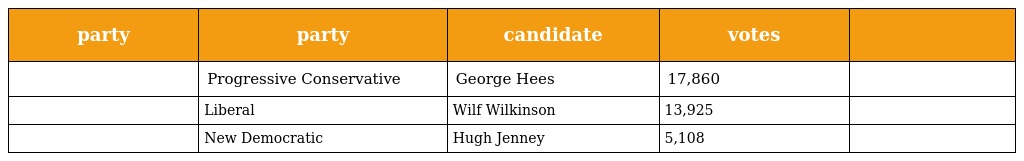
| party | party | candidate | votes |  |
 | --- | --- | --- | --- | --- |
 |  | Progressive Conservative | George Hees | 17,860 |  |
 |  | Liberal | Wilf Wilkinson | 13,925 |  |
 |  | New Democratic | Hugh Jenney | 5,108 |  |